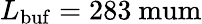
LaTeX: L_{\mathrm{buf}}=283\mathrm{\ mum}